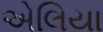
એલિયા